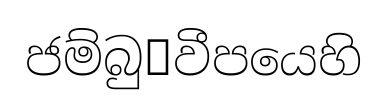
ජම්බු෾වීපයෙහි